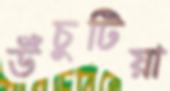
উঁচুটিয়া